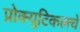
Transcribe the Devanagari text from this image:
प्रोक्युटिकलचे